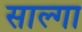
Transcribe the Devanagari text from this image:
साल्गा